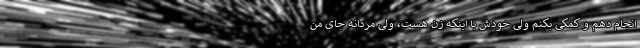
انجام دهم و کمکی بکنم ولی خودش با اینکه زن هست، ولی مردانه جای من